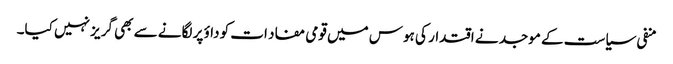
منفی سیاست کے موجد نے اقتدار کی ہوس میں قومی مفاد ات کو داؤ پر لگانے سے بھی گریز نہیں کیا۔